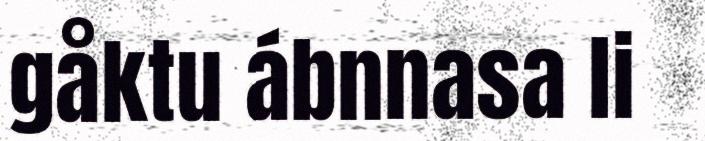
gåktu ábnnasa li